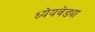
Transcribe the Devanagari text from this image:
ध्येेयवेड्या